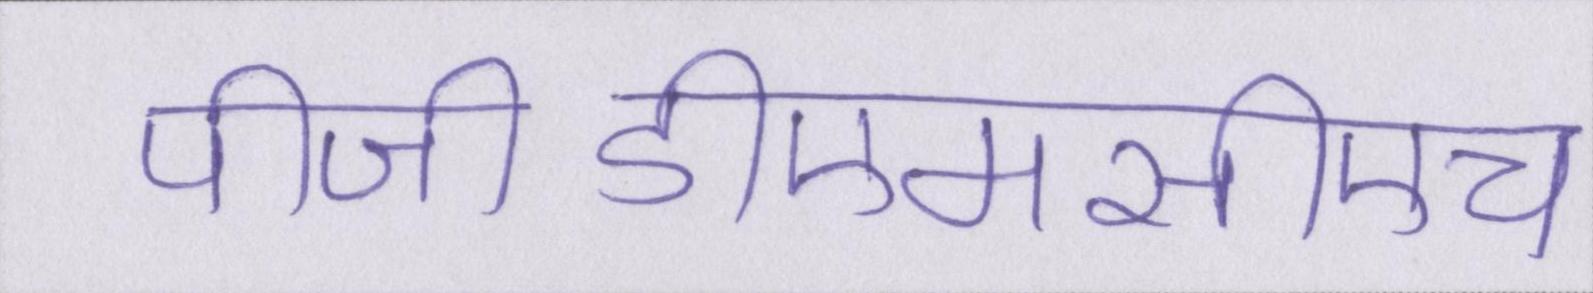
पीजीडीएमसीएच